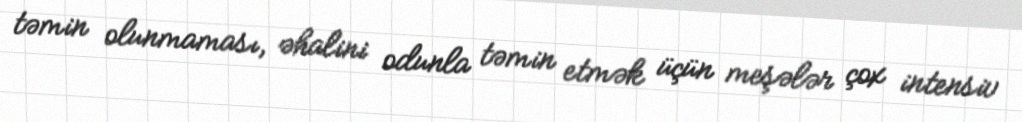
təmin olunmaması, əhalini odunla təmin etmək üçün meşələr çox intensiv